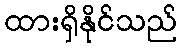
ထားရှိနိုင်သည်